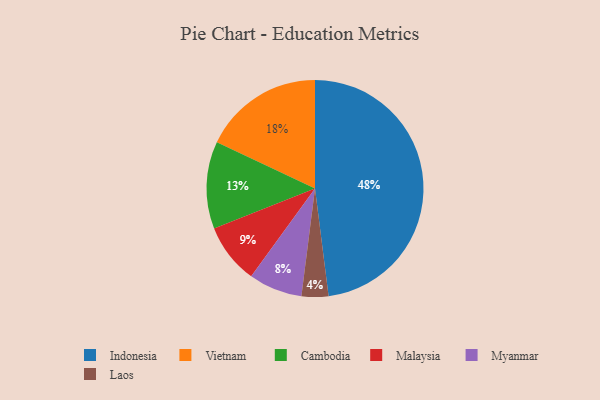
{"axis": {"x": "Category", "y": "Percentage"}, "legend": ["Cambodia", "Indonesia", "Laos", "Malaysia", "Myanmar", "Vietnam"], "data": [{"x": "Malaysia", "y": 9, "type": "Malaysia"}, {"x": "Cambodia", "y": 13, "type": "Cambodia"}, {"x": "Indonesia", "y": 48, "type": "Indonesia"}, {"x": "Myanmar", "y": 8, "type": "Myanmar"}, {"x": "Laos", "y": 4, "type": "Laos"}, {"x": "Vietnam", "y": 18, "type": "Vietnam"}]}